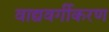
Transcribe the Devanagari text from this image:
वाद्यवर्गीकरण